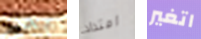
بخير امتداد اتغير